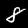
Label: 8